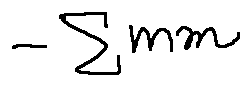
- \sum m m